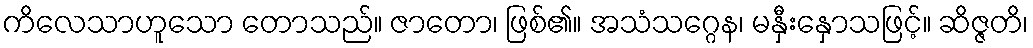
ကိလေသာဟူသော တောသည်။ ဇာတော၊ ဖြစ်၏။ အသံသဂ္ဂေန၊ မနှီးနှောသဖြင့်။ ဆိဇ္ဇတိ၊